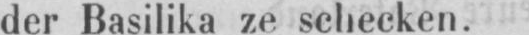
der Basilika ze schecken.